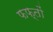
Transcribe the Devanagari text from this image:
फफ्तों